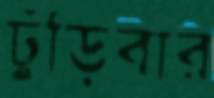
ঢুঁড়িবার